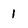
Character: 1